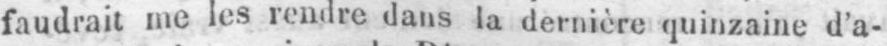
faudrait me les rendre dans la dernière quinzaine d’a-